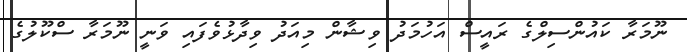
ނޫމަރާ ކައުންސިލްގެ ރައީސް އަހުމަދު ވިޝާން މިއަދު ވިދާޅުވެފައި ވަނީ ނޫމަރާ ސްކޫލުގެ